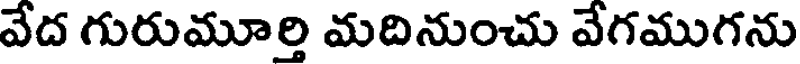
వేద గురుమూర్తి మదినుంచు వేగముగను